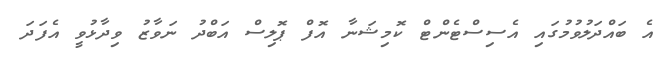
އެ ބައްދަލުވުމުގައި އެސިސްޓެންޓް ކޮމިޝަނާ އޮފް ޕޮލިސް އަބްދު ނަވާޒު ވިދާޅުވީ އެފަދަ